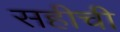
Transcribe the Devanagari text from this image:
सहीची